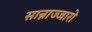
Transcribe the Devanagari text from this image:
सान्नाज्जारो